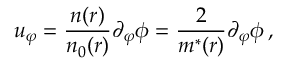
u _ { \varphi } = \frac { n ( r ) } { n _ { 0 } ( r ) } \partial _ { \varphi } \phi = \frac 2 { m ^ { * } ( r ) } \partial _ { \varphi } \phi \, ,